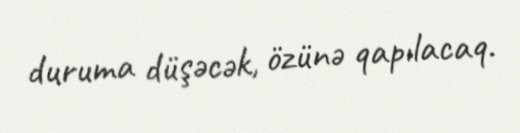
duruma düşəcək, özünə qapılacaq.